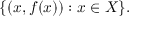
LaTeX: \{ ( x , f ( x ) ) : x \in X \} .